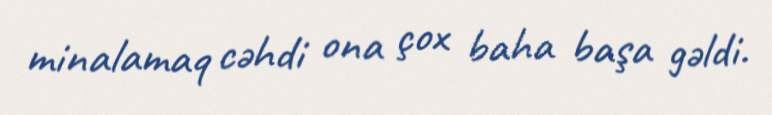
minalamaq cəhdi ona çox baha başa gəldi.